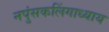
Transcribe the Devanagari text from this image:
नपुंसकलिंगाध्याय